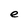
Character: e